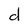
Character: d